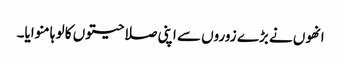
انھوں نے بڑے زوروں سے اپنی صلاحیتوں کا لو ہا منوایا۔